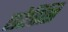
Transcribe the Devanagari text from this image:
छोतिसि